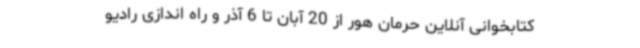
کتابخوانی آنلاین حرمان هور از 20 آبان تا 6 آذر و راه اندازی رادیو